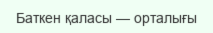
Баткен қаласы — орталығы